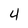
Character: 4